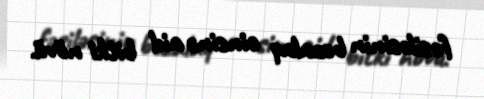
fəsiləsinin bozalaq cinsinə aid bitki növü.